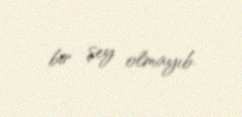
bir şey olmayıb.